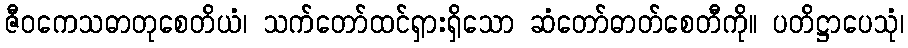
ဇီဝကေသဓာတုစေတိယံ၊ သက်တော်ထင်ရှားရှိသော ဆံတော်ဓာတ်စေတီကို။ ပတိဋ္ဌာပေသုံ၊